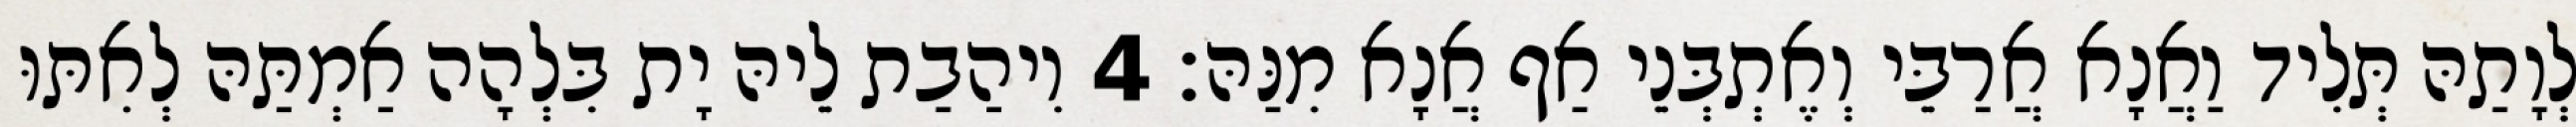
לְוָתַהּ תְּלִיד וַאֲנָא אֲרַבֵּי וְאֶתְבְּנֵי אַף אֲנָא מִנַּהּ׃ 4 וִיהַבַת לֵיהּ יָת בִּלְהָה אַמְתַּהּ לְאִתּוּ